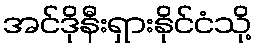
အင်ဒိုနီးရှားနိုင်ငံသို့